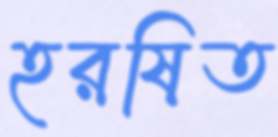
হরষিত